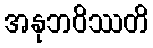
အနုဘဝိဿတိ